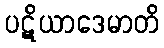
ပဋိယာဒေမာတိ